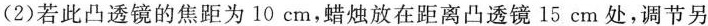
(2)若此凸透镜的焦距为10cm，蜡烛放在距离凸透镜15cm处，调节另